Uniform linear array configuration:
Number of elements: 48
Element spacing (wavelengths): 0.5
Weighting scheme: hann
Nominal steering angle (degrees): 15
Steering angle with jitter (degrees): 13.067
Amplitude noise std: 0.05
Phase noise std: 0.05

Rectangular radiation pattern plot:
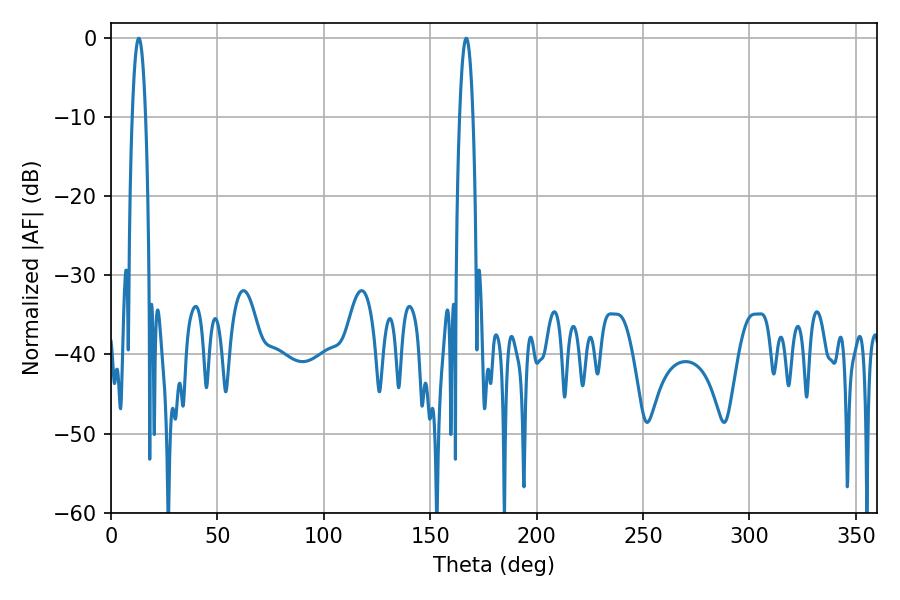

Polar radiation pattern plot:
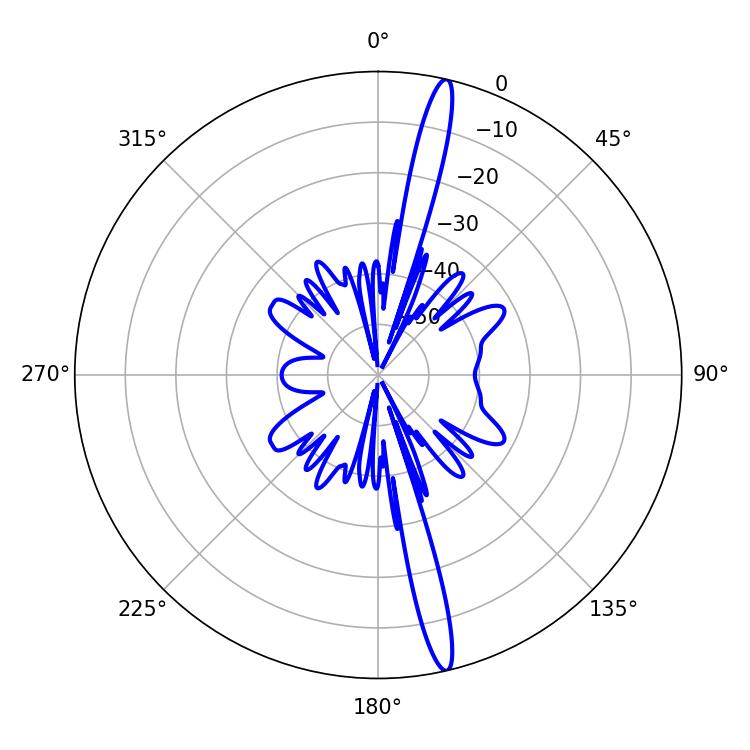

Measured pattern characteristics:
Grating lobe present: FALSE
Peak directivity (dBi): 18.252
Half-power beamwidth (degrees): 3.42
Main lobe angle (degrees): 13.14